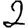
Digit: 2